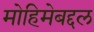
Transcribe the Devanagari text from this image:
मोहिमेबद्दल